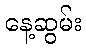
နေ့ဆွမ်း